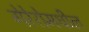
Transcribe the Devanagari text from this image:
गेरेरोमधील